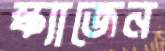
স্ক্যাজেন